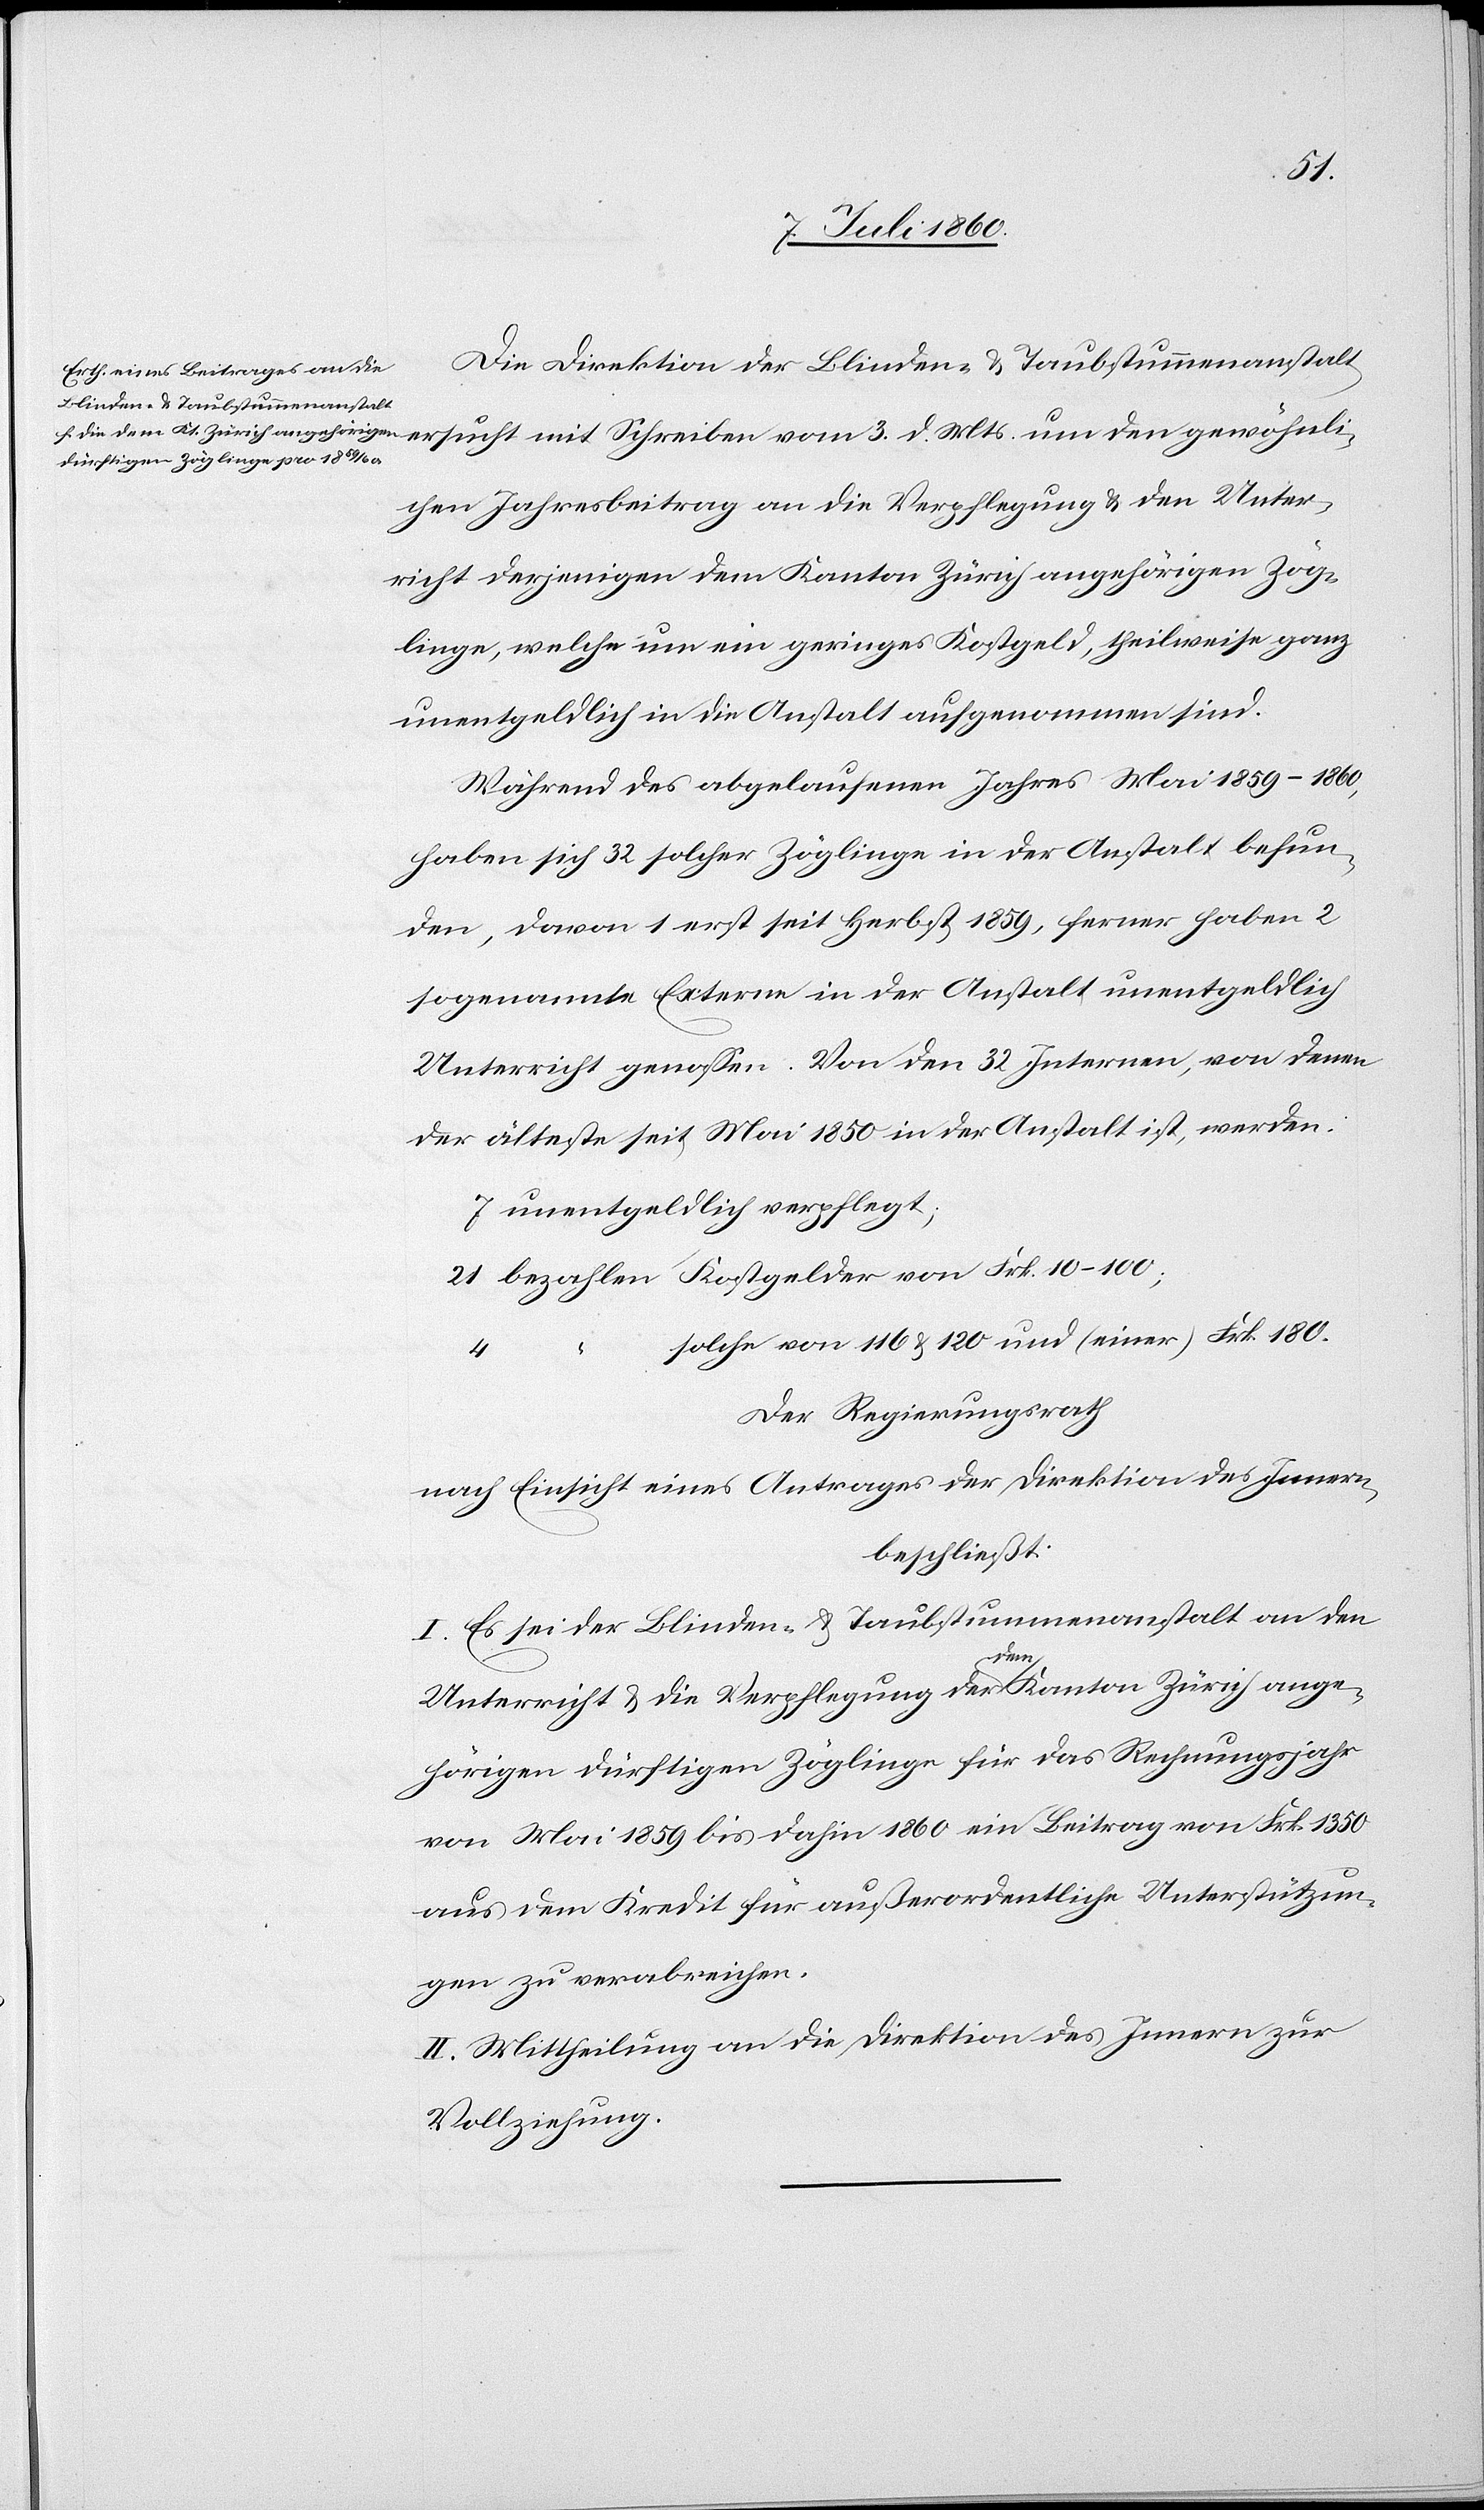
Die Direktion der Blinden- & Taubstummenanstalt
ersucht mit Schreiben vom 3. d. Mts. um den gewöhnli¬
chen Jahresbeitrag an die Verpflegung & den Unter¬
richt derjenigen dem Kanton Zürich angehörigen Zög¬
linge, welche um ein geringes Kostgeld, theilweise ganz
unentgeldlich in die Anstalt aufgenommen sind.
Während des abgelaufenen Jahres Mai 1859–1860,
haben sich 32 solcher Zöglinge in der Anstalt befun¬
den, davon 1 erst seit Herbst 1859, ferner haben 2
sogenannte Externe in der Anstalt unentgeldlich
Unterricht genossen. Von den 32 Internen, von denen
der älteste seit Mai 1850 in der Anstalt ist, werden:
7 unentgeldlich verpflegt;
21 bezahlen Kostgelder von Frk. 10–100;
solche von 116 & 120 und (einer) Frk. 180.
Der Regierungsrath
nach Einsicht eines Antrages der Direktion des Innern,
beschließt:
I. Es sei der Blinden- & Taubstummenanstalt an den
Unterricht & die Verpflegung der dem Kanton Zürich ange¬
hörigen dürftigen Zöglinge für das Rechnungsjahr
von Mai 1859 bis dahin 1860 ein Beitrag von Frk. 1350
aus dem Kredit für außerordentliche Unterstützun¬
gen zu verabreichen.
II. Mittheilung an die Direktion des Innern zur
Vollziehung.